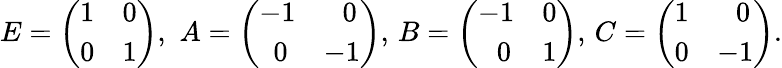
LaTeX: E=\left(\begin{array}{ll}{{1}}&{{0}}\\ {{0}}&{{1}}\end{array}\right),\, \, A=\left(\begin{array}{ll}{{-1}}&{{\, \, \, \, 0}}\\ {{\, \, \, 0}}&{{-1}}\end{array}\right),\, B=\left(\begin{array}{ll}{{-1}}&{{0}}\\ {{\, \, \, \, 0}}&{{1}}\end{array}\right),\, C=\left(\begin{array}{ll}{{1}}&{{\, \, \, \, 0}}\\ {{0}}&{{-1}}\end{array}\right).